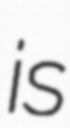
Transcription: is